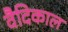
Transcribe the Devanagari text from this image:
वैदिकाल